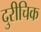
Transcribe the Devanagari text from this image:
दुरीचिक